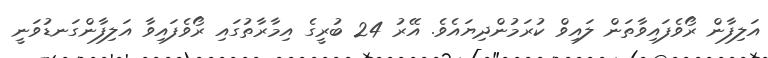
އަލިފާން ރޯވެފައިވާތަން ލައިވް ކުރަމުންދިޔައެވެ. އޭރު 24 ބުރީގެ އިމާރާތުގައި ރޯވެފައިވާ އަލިފާންގަނޑުވަނީ